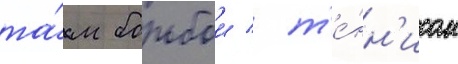
та́м борьбои / т'е́нн'исом